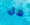
هل